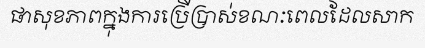
ផាសុខភាពក្នុងការប្រើប្រាស់ខណៈពេលដែលសាក